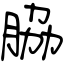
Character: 脇